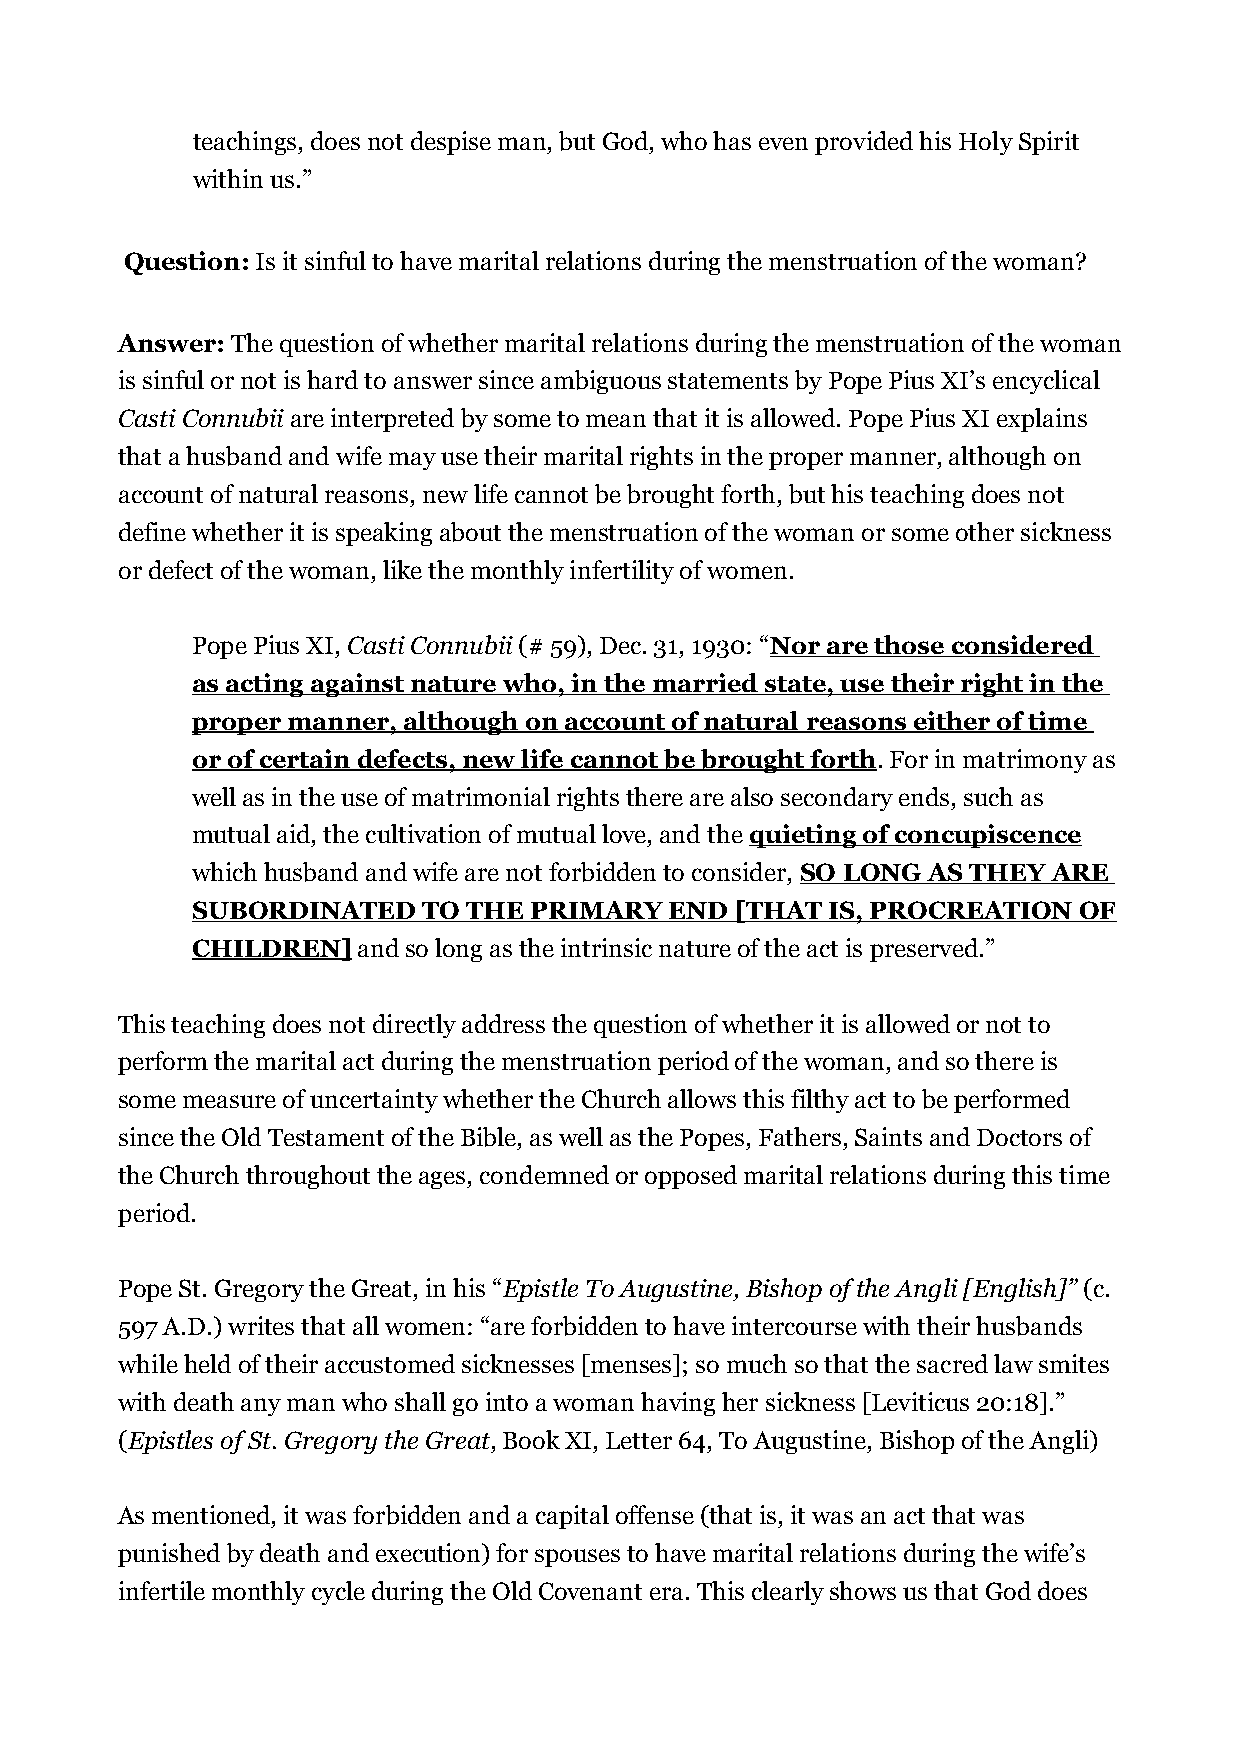
teachings, does not despise man, but God, who has even provided his Holy Spirit
 within us.”
 Question: Is it sinful to have marital relations during the menstruation of the woman?
 Answer: The question of whether marital relations during the menstruation of the woman
 is sinful or not is hard to answer since ambiguous statements by Pope Pius XI’s encyclical
 Casti Connubii are interpreted by some to mean that it is allowed. Pope Pius XI explains
 that a husband and wife may use their marital rights in the proper manner, although on
 account of natural reasons, new life cannot be brought forth, but his teaching does not
 define whether it is speaking about the menstruation of the woman or some other sickness
 or defect of the woman, like the monthly infertility of women.
 Pope Pius XI, Casti Connubii (# 59), Dec. 31, 1930: “Nor are those considered
 as acting against nature who, in the married state, use their right in the
 proper manner, although on account of natural reasons either of time
 or of certain defects, new life cannot be brought forth. For in matrimony as
 well as in the use of matrimonial rights there are also secondary ends, such as
 mutual aid, the cultivation of mutual love, and the quieting of concupiscence
 which husband and wife are not forbidden to consider, SO LONG AS THEY ARE
 SUBORDINATED   TO THE PRIMARY  END  [THAT IS, PROCREATION OF
 CHILDREN]  and so long as the intrinsic nature of the act is preserved.”
 This teaching does not directly address the question of whether it is allowed or not to
 perform the marital act during the menstruation period of the woman, and so there is
 some measure of uncertainty whether the Church allows this filthy act to be performed
 since the Old Testament of the Bible, as well as the Popes, Fathers, Saints and Doctors of
 the Church throughout the ages, condemned or opposed marital relations during this time
 period.
 Pope St. Gregory the Great, in his “Epistle To Augustine, Bishop of the Angli [English]” (c.
 597 A.D.) writes that all women: “are forbidden to have intercourse with their husbands
 while held of their accustomed sicknesses [menses]; so much so that the sacred law smites
 with death any man who shall go into a woman having her sickness [Leviticus 20:18].”
 (Epistles of St. Gregory the Great, Book XI, Letter 64, To Augustine, Bishop of the Angli)
 As mentioned, it was forbidden and a capital offense (that is, it was an act that was
 punished by death and execution) for spouses to have marital relations during the wife’s
 infertile monthly cycle during the Old Covenant era. This clearly shows us that God does